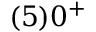
( 5 ) 0 ^ { + }